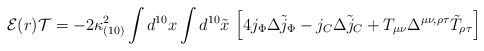
\begin{align*}{\cal E}(r){\cal T} =- 2\kappa_{(10)}^2 \int d^{10}x \int d^{10}{\tilde x}\ \Bigl[ 4 j_{\Phi} \Delta {\tilde j_{\Phi}}- j_{C} \Delta {\tilde j_{C}} +T_{\mu\nu} \Delta^{\mu\nu,\rho\tau}{\tilde T}_{\rho\tau}\Bigr]\end{align*}